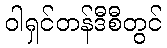
ဝါရှင်တန်ဒီစီတွင်